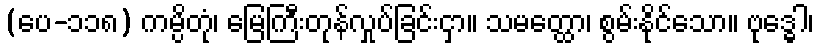
(ပေ-၁၁၈) ကမ္ပိတုံ၊ မြေကြီးတုန်လှုပ်ခြင်းငှာ။ သမတ္ထော၊ စွမ်းနိုင်သော။ ဗုဒ္ဓေါ၊